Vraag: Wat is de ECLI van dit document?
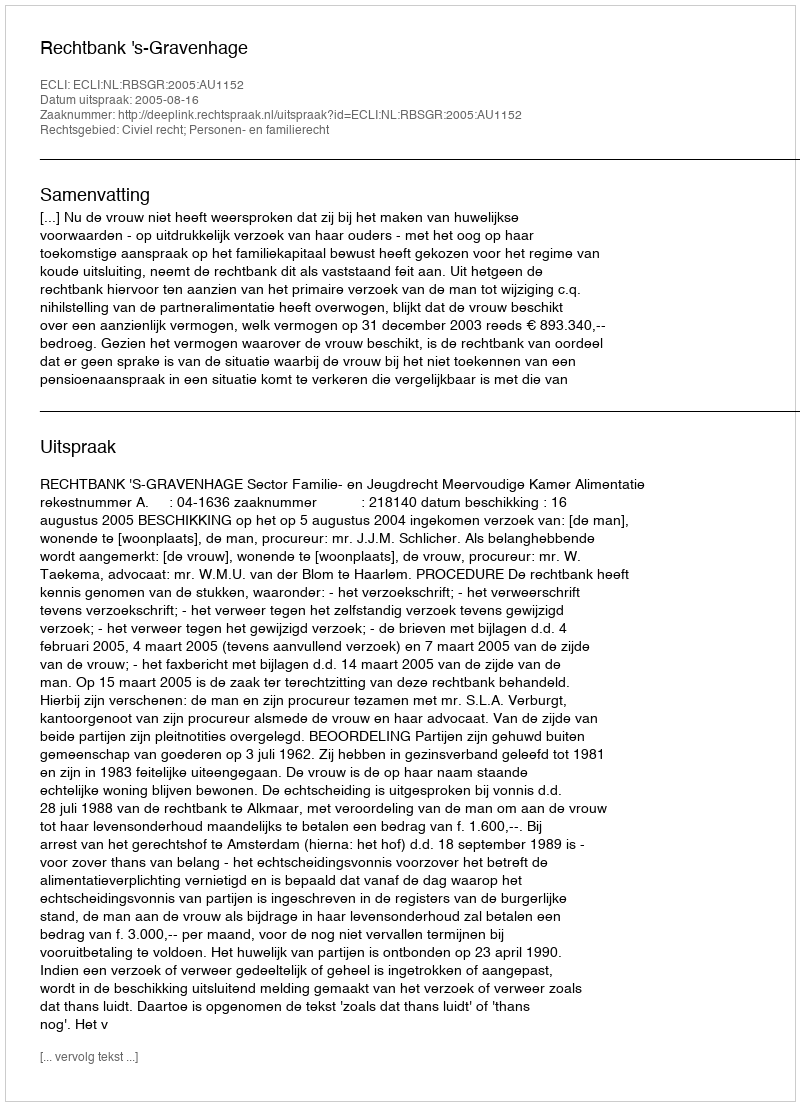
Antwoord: ECLI:NL:RBSGR:2005:AU1152